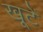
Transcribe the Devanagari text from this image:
खूटें